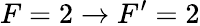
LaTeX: F=2\rightarrow F^{\prime}=2